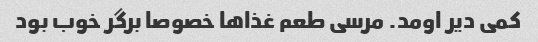
کمی دیر اومد. مرسی طعم غذاها خصوصا برگر خوب بود